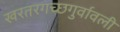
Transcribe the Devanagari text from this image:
खरतरगच्छगुर्वावली